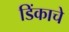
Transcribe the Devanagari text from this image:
डिंकाचे